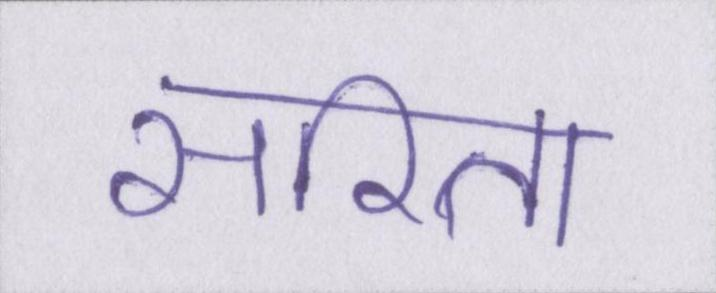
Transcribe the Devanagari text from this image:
सरिता